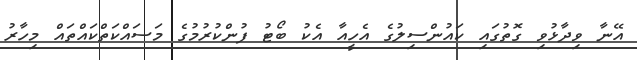
އޭނާ ވިދާޅުވި ގޮތުގައި ކައުންސިލުގެ އެހީއާ އެކު ބޯޓު ފުންކުރުމުގެ މަސައްކަތްކައްތައް މިހާރު